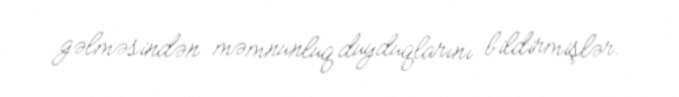
gəlməsindən məmnunluq duyduqlarını bildirmişlər.